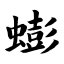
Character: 蟛